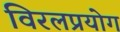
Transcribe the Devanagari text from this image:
विरलप्रयोग